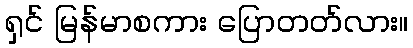
ရှင် မြန်မာစကား ပြောတတ်လား။